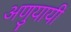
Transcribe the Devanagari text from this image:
अणुयायी